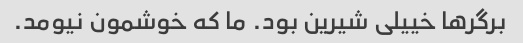
برگرها خییلی شیرین بود. ما که خوشمون نیومد.